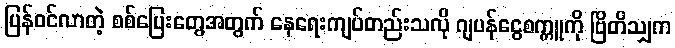
ပြန်ဝင်လာတဲ့ စစ်ပြေးတွေအတွက် နေရေးကျပ်တည်းသလို ဂျပန်ငွေစက္ကူကို ဗြိတိသျှက